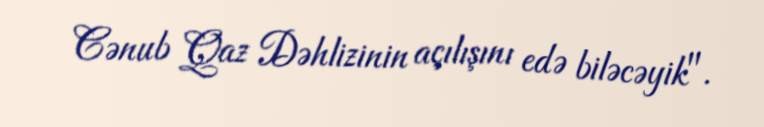
Cənub Qaz Dəhlizinin açılışını edə biləcəyik".